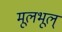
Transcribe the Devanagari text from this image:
मूलभूल्